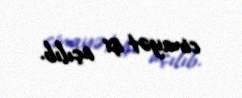
cinayət işi açılıb.